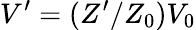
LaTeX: V^{\prime}=(Z^{\prime}/Z_{0})V_{0}